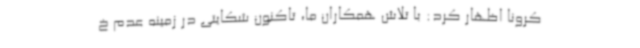
کرونا اظهار کرد: با تلاش همکاران ما، تاکنون شکایتی در زمینه عدم خ